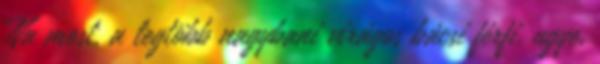
Na most, a legtöbb nagybani virágos bácsi férfi, ugye,